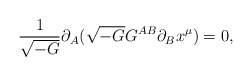
\begin{align*}\frac{1}{\sqrt{-G}}\partial_A(\sqrt{-G}G^{AB}\partial_B x^\mu)=0,\end{align*}